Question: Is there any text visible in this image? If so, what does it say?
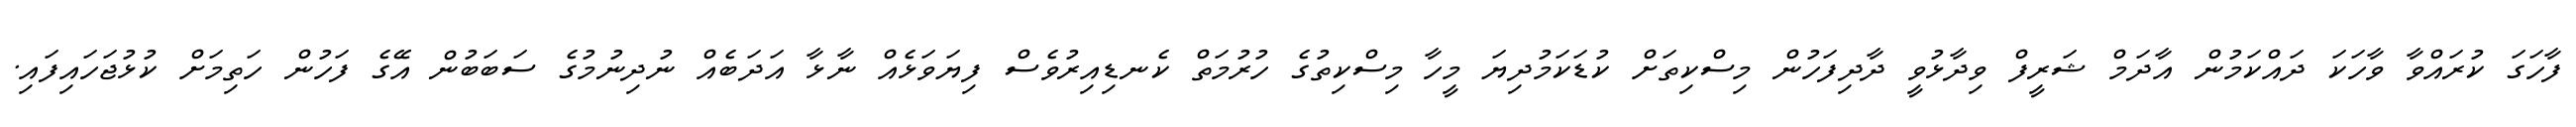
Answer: ފާހަގަ ކުރައްވާ ވާހަކަ ދައްކަމުން އާދަމް ޝަރީފް ވިދާޅުވީ ދާދިފަހުން މިސްކިތަށް ކުޑަކަމުދިޔަ މީހާ މިސްކިތުގެ ހުރުމަތް ކެނޑިއިރުވެސް ފިޔަވަޅެއް ނާޅާ އަދަބެއް ނުދިނުމުގެ ސަބަބުން އޭގެ ފަހުން ހަތިމަށް ކުޅުޖަހައިފައި.